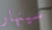
سينهار